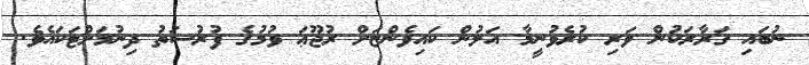
ނުބައި ޤަރާރަކުން ވަރި ކުރެވުނީމާ އަލުން ކައިވެންޏަށް ރުޖޫޢަ ވުމުގެ ފުރުސަތު ދިނުމަށްޓަކައެވެ.